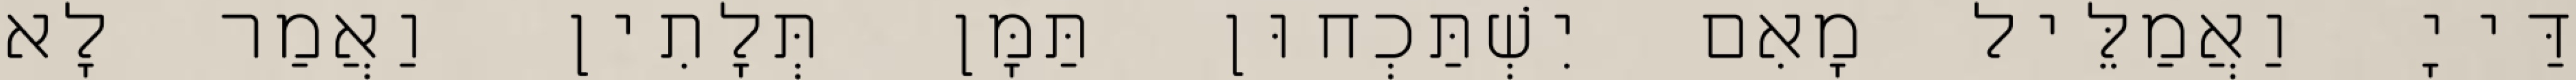
דַּייָ וַאֲמַלֵּיל מָאִם יִשְׁתַּכְחוּן תַּמָּן תְּלָתִין וַאֲמַר לָא